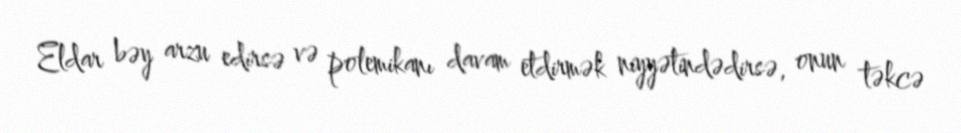
Eldar bəy arzu edirsə və polemikanı davam etdirmək niyyətindədirsə, onun təkcə